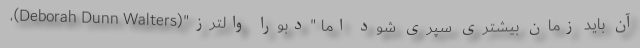
آن باید زمان بیشتری سپری شود اما "دبورا والترز"(Deborah Dunn Walters)،